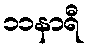
၁၁နာရီ